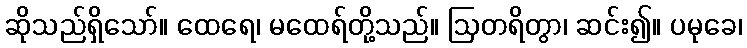
ဆိုသည်ရှိသော်။ ထေရေ၊ မထေရ်တို့သည်။ ဩတရိတွာ၊ ဆင်း၍။ ပမုခေ၊